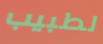
لطبيب